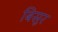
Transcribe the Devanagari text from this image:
बिसूर